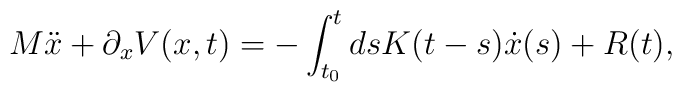
M\ddot{x} + \partial_{x}V(x,t)= - \int_{t_{0}}^{t}dsK(t-s)\dot{x}(s) + R(t),